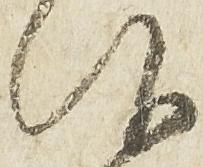
仰